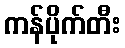
ကန်ပိုက်တီး